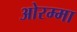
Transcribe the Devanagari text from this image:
ओरम्मा